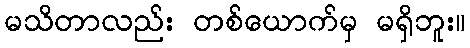
မသိတာလည်း တစ်ယောက်မှ မရှိဘူး။